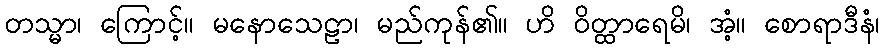
တသ္မာ၊ ကြောင့်။ မနောသေဠာ၊ မည်ကုန်၏။ ဟိ ဝိတ္ထာရေမိ၊ အံ့။ စောရာဒီနံ၊